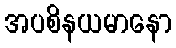
အပစိနယမာနော